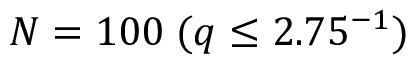
N = 1 0 0 \; ( q \leq 2 . 7 5 \AA ^ { - 1 } )